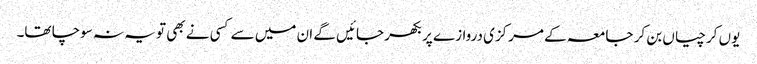
یوں کرچیاں بن کر جامعہ کے مرکزی دروازے پر بکھر جائیں گے ان میں سے کسی نے بھی تو یہ نہ سوچا تھا۔